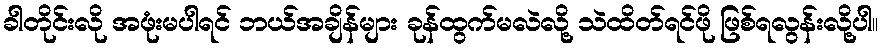
ခါတိုင်းလို အဖုံးမပါရင် ဘယ်အချိန်များ ခုန်ထွက်မလဲလို့ သဲထိတ်ရင်ဖို ဖြစ်ရလွန်းလို့ပါ။